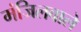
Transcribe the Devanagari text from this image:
मंजिलवाले